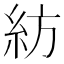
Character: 紡